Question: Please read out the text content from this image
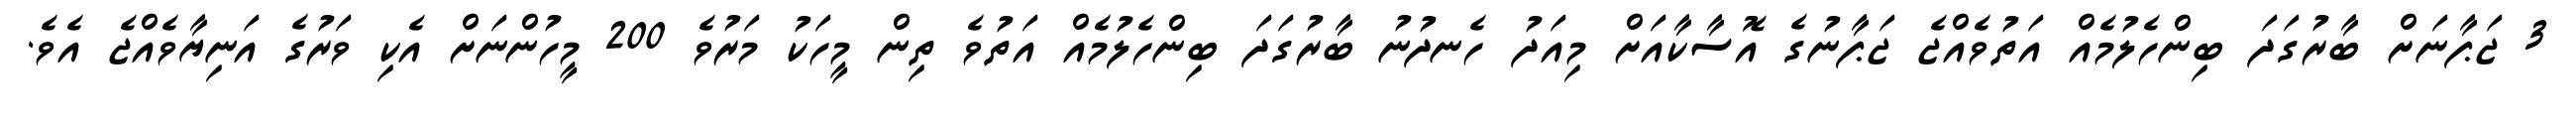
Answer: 3 ޖަޕާނަށް ބާރުގަދަ ބިންހެލުމެއް އަތުވެއްޖެ ޖަޕާނުގެ އޮސާކާއަށް މިއަދު ހެނދުނު ބާރުގަދަ ބިންހެލުމެއް އަތުވެ ތިން މީހަކު މަރުވެ 200 މީހުންނަށް އެކި ވަރުގެ އަނިޔާވެއްޖެ އެވެ.